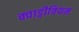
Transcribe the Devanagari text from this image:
क्वाड्रीवियम